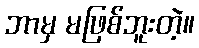
ဘာမှ မဖြစ်ဘူးတဲ့။